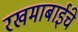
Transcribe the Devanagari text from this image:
रखमाबाईंचे